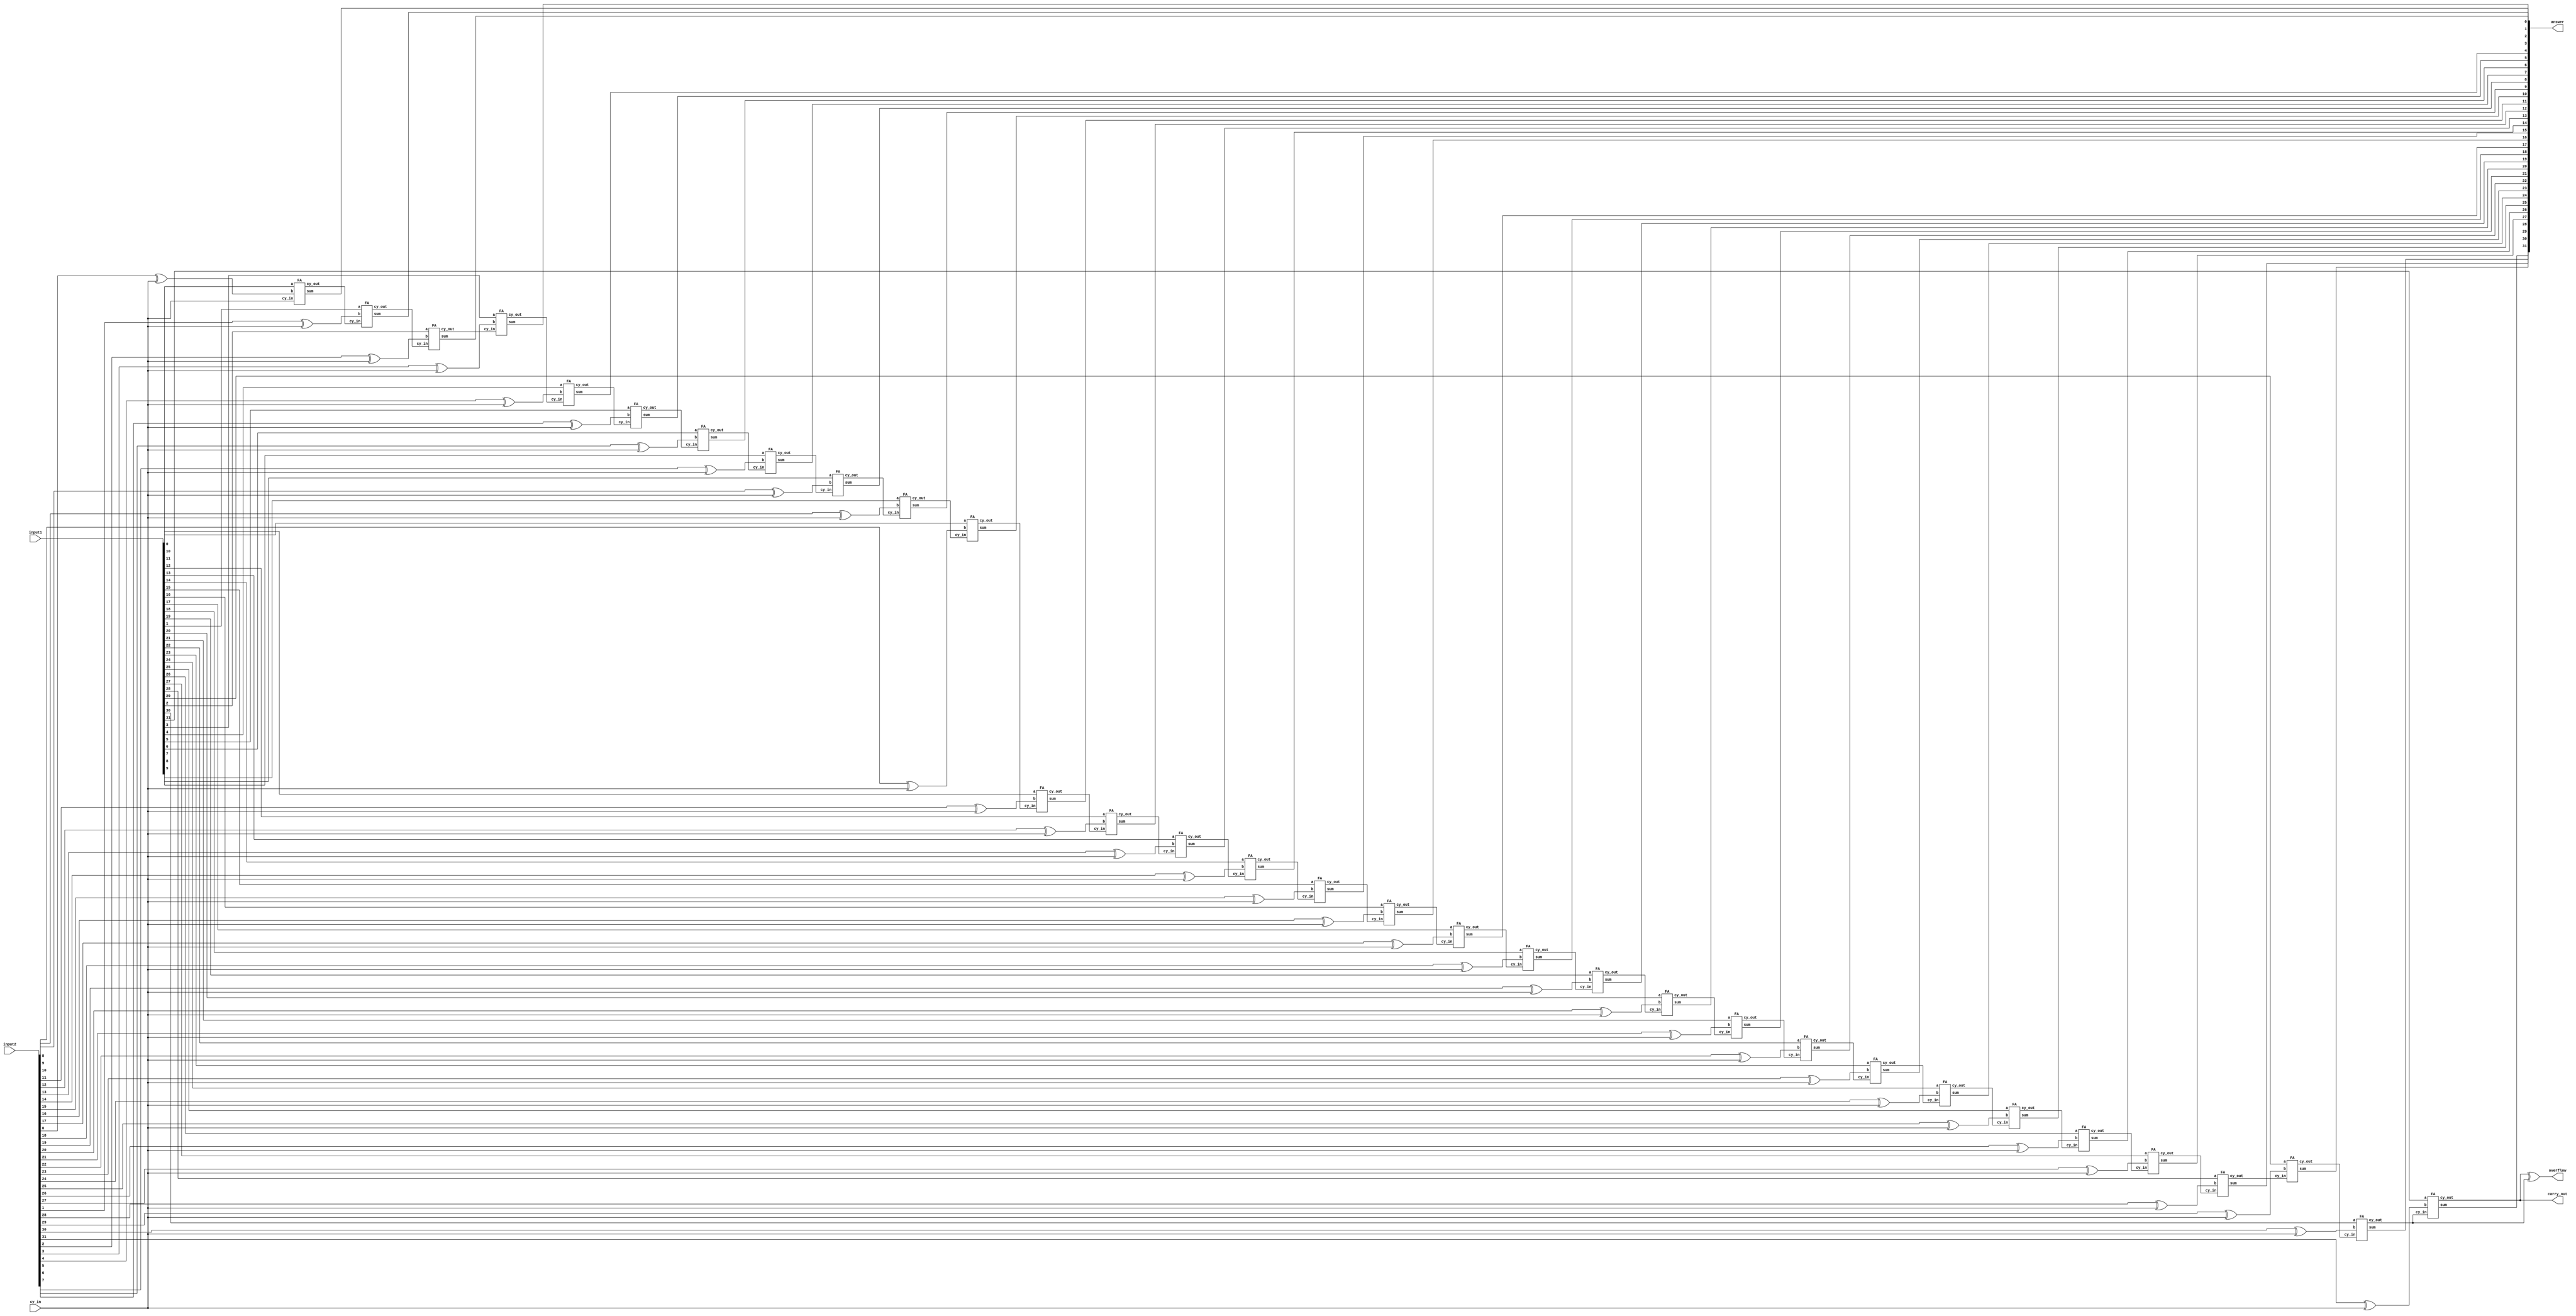
//Samyak Jain
//16CO254
//n-bit Adder Subtractor
//15 Oct 2017

module N_bit_adder(input1,input2,cy_in,answer,carry_out,overflow);
   parameter n=32;               //n declared as 32 bit quantity and can be configrable
   input [n-1:0] input1,input2;  //2 inputs declared
   output [n-1:0] answer;        //answer corresponding to both add and subtract operation
   output  carry_out;            //To get the final carry from last full adder
   output overflow;              //to get if overflow is present
   wire [n-1:0] carry;           //all internal carry
   wire [n-1:0] input3;          //input generated after 2's complement of input2 is taken for subtraction.
   input cy_in;
   
   
   genvar i;
   
    for(i=0;i<n;i=i+1)
       xor(input3[i],input2[i],cy_in);   //if cy_in==1 then input3 is 2's complement of input2 else it remains as input 2
 
   generate 
    for(i=0;i<n;i=i+1)
       begin
       if(i==0) 
       FA f(carry[0],answer[0],input1[0],input3[0],cy_in);       //making instances of full adder circuit again and again
       else
       FA f(carry[i],answer[i],input1[i],input3[i],carry[i-1]);
       end
    assign carry_out = carry[n-1];
    assign overflow=carry[n-1] ^ carry[n-2];
   endgenerate
endmodule 

module FA(cy_out,sum,a,b,cy_in);
output sum,cy_out;
input a,b,cy_in;
wire t1,t2,t3;
HA G1(t1,t2,a,b);       //call the module halfadder
HA G2(sum,t3,t1,cy_in);  //again call the module halfadder
or (cy_out,t3,t2);
endmodule

module HA(sum,cy_out,a,b);
output sum,cy_out;
input a,b;

xor (sum,a,b);         //sum=a xor b, carry=a and b
and (cy_out,a,b);

endmodule